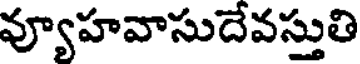
వ్యూహవాసుదేవస్తుతి